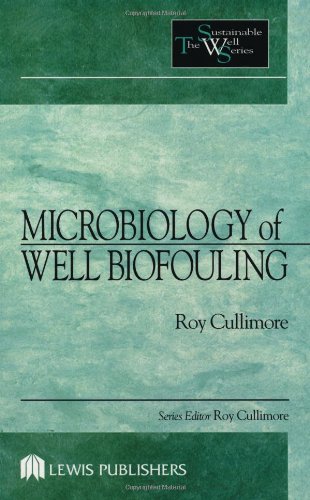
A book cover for Microbiology of Well Biofouling (Sustainable Water Well); D. Roy Cullimore; Science & Math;